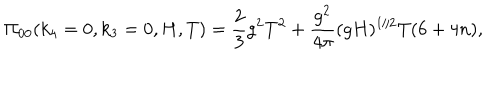
\Pi _ { 0 0 } ( k _ { 4 } = 0 , k _ { 3 } = 0 , H , T ) = \frac { 2 } { 3 } g ^ { 2 } T ^ { 2 } + \frac { g ^ { 2 } } { 4 \pi } ( g H ) ^ { 1 / 2 } T ( 6 + 4 n ) ,